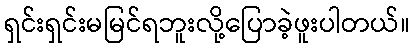
ရှင်းရှင်းမမြင်ရဘူးလို့ပြောခဲ့ဖူးပါတယ်။